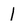
Character: l